[Report on the health of British troops in the Madras command]
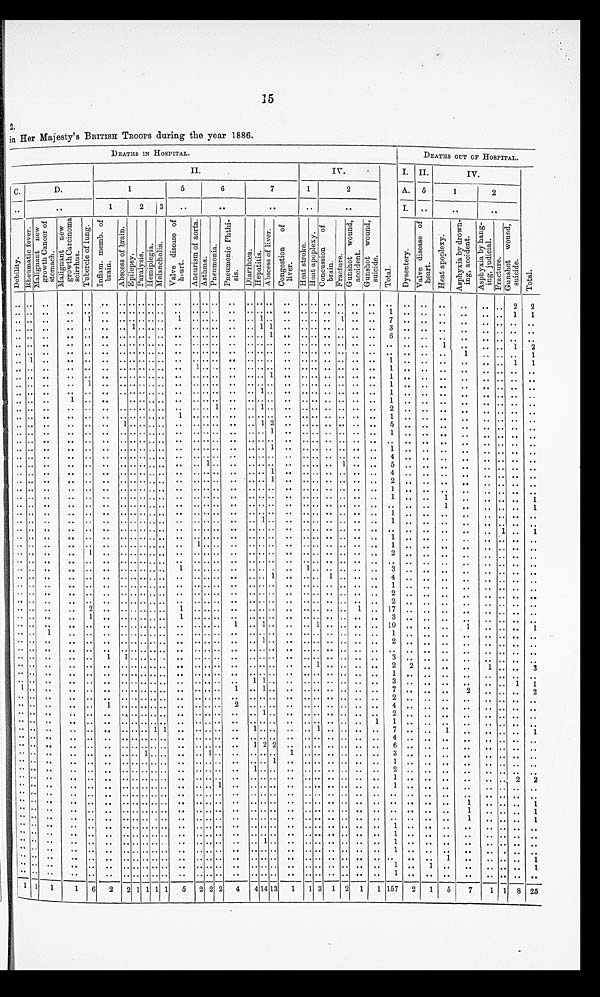
15
2.
in Her Majesty's BRITISH TROOPS during the year 1886.
DEATHS IN HOSPITAL.
DEATHS OUT OF HOSPITAL.
II.
Iv.
T o t a l .
I. II.
Iv.
T o t a l .
C.
D.
1
5
6
7
1
2
A.
5
1
2
. .
. .
1
2
3
. .
. .
. .
. .
. .
I.
. .
. .
. .
D e b i l i t y . R h e u m a i t i c f e v e r .
t i
M a l i g n a n t n e w g r o w t h C a n c e r o f s t o m a c h .
M a l i g n a n t n e w g r o w t h C a r c i n o m a s c i r r h u s .
T u b e r c l e o f l u n g .
I n f l a m . m e m b . o f b r a i n .
A b s c e s s o f b r a i n .
E p i l e p s y .
Par al ys i s . He mi p l e g i a . M e l a n c h o l i a .
V a l v e d i s e a s e o f h e a r t .
A n e u r i s m o f a o r t a .
A s t h m a .
P n e u m o n i a .
P n e u m o n i c P h t h i s i s .
D i a r r h o e a . H e p a t i t i s .
A b s c e s s o f l i v e r .
C o n g e s t i o n o f l i v e r .
H e a t s t r o k e .
He a t a p o p l e x y .
Co n c u s s i o n o f b r a i n .
F r a c t r u e .
G u n s h o t w o u n d , a c c i d e n t . G u n s h o t w o u n d , s u i c i d e .
D y s e n t e r y .
V a l u e d i s e a s e o f h e a r t .
H e a t a p o p l e x y .
A s p h y x i a b y d r o w n i n g , a c c i d e n t .
A s p h y x i a b y h a n g i n g , j u d i c i a l .
F r a c t u r e . G u n s h o t w o u n d , s u i c i d e .
. . . .
. .
. .
. .
. . . . . .
.. ..
. .
. .
. .
..
. .
. . . . . . . .
. .
. .
.. ..
. .
. .
. .
. .
. .
. .
. .
. .
. .
. .
2
2
. . . .
..
. . . .
. . . . . .
.. ..
. .
. .
. ... . .
. . . . . . . .
. .
. .
.. ..
. .
. .
. .
1
. .
. .
. .
. .
. .
. . 1
1
. . . .
. .
. .
1
. . . . . .
.. ..
. .
1
. .
..
. .
. . . . 1 . .
. .
. .
.. ..
1
. .
7
. .
. .
. .
. .
. . . .
. .
. .
. . . .
.. ..
. .
. . . . 1.. ..
. .
. .
. .
..
. .
. . . . 1 1 ..
. . ..
. .
. . . .
. .
3
. .
. .
..
. .
. . . .
. .
. .
. . . .
..
. . . .
. . . . . .
.. ..
. .
. .
. .
..
. .
. . . . . . 1
. .
. .
..
. . . .
. . .
. .
6
. .
. .
. .
. .
. . . .
. .
. .
. . ..
. .
. . . .
. . . . . .
.. ..
. .
. .
. .
..
. .
. . . . . . . .
. .
. .
..
. . . .
. .
. .
. .
. .
. .
1
. .
.. .. 1
2
. . . .
..
. . . .
. . . . . .
.. ..
. .
. .
. .
..
. .
. . . . . . . .
. .
. .
..
. . . .
. .
. .
. .
. . . .
. .
1
. . . .
. .
1
. . 1
. .
. . . .
. . . . . .
.. ..
. .
. .
. .
..
. .
. . . . . . . .
. .
. .
..
. . . .
. .
. .
1
. .
. .
. .
. .
..
. .
1
1
. . . .
..
. . . .
. . . . . .
.. ..
. .
. .
1 ..
. .
. . . . . . . .
. .
. .
..
. . . .
. .
. .
1
. .
. .
. .
. .
. . . .
. .
. .
. . . .
..
. . . .
. . . . . .
.. ..
. .
. .
. .
..
. .
. . . . . . 1
. .
. .
..
. . . .
. .
. . 1
. .
. .
. .
. .
. . . .
. .
. .
. . . .
..
. . 1
. . . . . .
.. ..
. .
. .
. .
..
. .
. . . . . . . .
. .
. .
..
. . . .
. .
. . 1
. .
. .
. .
. .
. .
. .
. .
. .
. . . .
. .
. . . .
. . . . . .
.. ..
. .
. .
. .
..
. .
. . . . 1 . .
. .
. . ..
. .
. . . .
..
1
. .
. .
. .
. .
. . . .
. .
. .
. . . .
..
1 . .
. .
. .
.. ..
. .
. .
. .
..
. .
. . . . . . . .
. .
. .
..
. . . .
. .
. .
1
. .
. .
. .
. .
. . . .
. .
. .
. . . .
..
. . . .
. . . . . .
.. ..
. .
. .
. .
.. 1
. .
. . 1 . .
. .
. .
..
. . . .
. .
. .
2
. .
. .
. .
. .
. . . .
. .
. .
. . . .
. .
. . . .
. . . . . .
.. ..
. .
1
. .
..
. .
. . . . . . . .
. .
. .
..
. . . .
. .
. . 1
. .
. .
. .
. .
. . . .
. .
. .
. . . .
..
. . . .
. . 1 . . .. .. . .
. .
. . .. . .
. .
. . 1 2
. .
. .
..
. . . .
. .
. .
5
. .
. .
. .
. .
. . . .
. .
. .
. . . .
. .
. . . .
. . . . . .
.. ..
. .
. . . .
..
. .
. . . . . . 1
. .
. .
..
. . . .
. .
. . 1
. .
. .
. .
. .
. . . .
. .
. .
. . . .
..
. . . .
. . . . . .
.. ..
. .
. . . .
..
. .
. . . . . . . .
. .
. .
..
. . . .
. .
. .
. .
. .
. .
. .
. .
. .
. .
. .
. .
. . . .
. .
. . . .
. . . . . .
.. ..
. .
. . . .
..
. .
. . . . . . 1
. .
. .
..
. . . .
. .
. .
1
. .
. .
. .
. .
. . . .
. .
. .
. . . . ..
. . . .
. . . . . .
.. ..
. .
. . . .
..
. .
. . . . . . . .
. .
. .
..
. . . . . .
. .
4
. .
. .
. .
. .
. . . .
. .
. .
. . . .
. .
. . . .
. . . . . .
.. ..
. .
. . . .
1
. .
. . . . . . . .
. .
. . ..
. . 1
. .
. .
5
. .
. . . .
. .
. . . .
. .
. .
. . . .
..
. . . .
. . . . . .
.. ..
. .
. . . .
..
. .
. . . . . . 1
. .
. .
..
. . . .
. .
. .
4
. .
. .
. .
. .
. .
. .
. .
. .
. . . .
..
..
. .
. .
. . . . .. .. . .
. .
. . .. . .
. .
. . . . 1
. .
. .
..
. . . .
. .
. . 2
. .
. .
. .
. .
. . . .
. .
. .
. . . .
..
. .
. .
. . . . . .
.. ..
. .
. . . .
..
. .
. . . . . . . .
. .
. .
..
. . . .
. .
. .
1
. .
. .
. .
. .
. . . .
. .
. .
. . . .
..
. . . .
. . . . . .
.. ..
. .
. . . .
..
. .
. . . . . . . .
. .
. .
..
. . . .
. .
. . 1 ..
. .
1
. .
. . . .
. .
1
. . . .
..
. . . .
. . . . . .
.. ..
. .
. . . .
..
. .
. . . . . . . .
. .
. .
..
. . . .
. .
. .
. .
. .
. .
1
. .
. . . .
1
. . . .
..
. . . .
. . . . . .
.. ..
. .
. . . .
..
. .
. . . . . . . .
. .
. .
..
. . . .
. .
. . 1
. .
. .
. .
. .
. . . .
. .
. .
. . . .
..
. . . .
. . . . . .
.. ..
. .
. . . .
..
. .
. . . . 1 . .
. .
. .
..
. . . .
. .
. . 1
. .
. .
. .
. .
. . . .
. .
. .
. . . .
. .
. . . .
. . . . . .
.. ..
. .
. . . .
..
. .
. . . . . . . .
. .
. .
..
. . . .
. .
. .
. .
. .
. .
. .
. .
. . 1
. .
1
. . . .
. .
. . . .
. . . . . .
.. ..
. .
. . . .
..
. .
. . . . . . . .
. .
. .
..
. . . .
. .
. . 1
. .
. .
. .
. .
. . . .
. .
. .
. . . .
..
. . . .
. . . . . .
.. ..
. .
. . 1 ..
. .
. . . . . . . .
. .
. .
..
. . . .
. .
. .
1
. .
. .
. .
. .
. . . .
. .
. .
. . . .
. .
. .
1
. .
. . . . .. .. . .
. .
. .
..
. .
. . . . . . . .
. .
. .
..
. . . .
. .
. . 2
. .
. .
. .
. .
. . . .
. .
. .
. . . .
..
. . . .
. . . . . .
.. ..
. .
. . . .
..
. .
. . . . . . . .
. .
. .
..
. . . .
. .
. . . .
. .
. .
. .
. .
. . . .
. .
. .
. . . .
..
. . . .
. . . . . .
.. ..
. .
1
. .
..
. .
. . . . . . .
. . 1 ..
. . . .
. .
. . 3
. .
. .
. .
. .
. . . .
. .
. .
. . . .
..
. . . .
. . . . . .
.. ..
. .
. . . .
..
. .
. . . . . . 1 ..
.. ..
1 ..
. .
. .
4
. .
. .
. .
. .
. . . .
. .
. .
. . . .
. .
. . . .
. . . . . .
.. ..
. .
. . . .
..
. .
. . . . . . . .
. .
. .
..
. . . .
. .
. .
1
. .
. .
. .
. .
. . . .
. .
. .
. . . .
. .
. . . .
. . . . . .
.. ..
. .
. . . .
..
. .
. . . . . . . .
. .
. .
..
. . . .
. .
. .
2
. .
. .
. .
. .
. . . .
. .
. .
. . . .
..
. . . .
. . . . . .
.. ..
. .
. . . .
..
. .
. . . . . . . .
. .
. .
..
. . . .
. .
2
. .
. .
. .
. .
. . . .
. .
. .
. . . .
..
. . 2
. . . . . .
.. ..
. .
1 . .
..
. .
. . . . . . . .
. .
. .
..
. . . .
1
. .
1 7
. .
. .
. .
. .
. . . .
. .
. .
. . . .
. .
. .
1
. . . . . .
.. ..
. .
1 . .
..
. .
. . . . . . . .
. .
. .
..
. . . . . .
. .
3
. .
. .
. .
. .
. . . .
. .
. .
. . . . ..
. . . .
. . . . . .
.. ..
. .
. . . .
..
. .
1 . . 1 . .
. .
. .
1 ..
. .
. .
. . 10
. .
. .
. .
. .
. . . . . .
1
. . . .
1
. . . .
. . . . . .
.. ..
. .
. . . .
..
. .
. . . . . . . .
. .
. .
..
. . . .
. .
. .
1
. .
. .
. .
. .
. . . .
. .
. .
. . . .
..
. . . .
. . . . . .
.. ..
. .
. . . .
..
. .
. . . . 1 . .
. .
. .
..
. . . .
. .
. .
2
. .
. .
. .
. .
. . . .
. .
. .
. . . .
..
. . . .
. . . . . .
.. ..
. .
. . . .
..
. .
. . . . . . . .
. .
. .
..
. . . .
. .
. .
. .
. .
. .
. .
. .
. . . .
. .
. .
. . . .
..
. .
. .
1
1 . .
.. ..
. .
. . . .
..
. .
. . . . . . . .
. .
. .
..
. . . .
. .
. .
3
. .
. .
. .
. .
. . . .
. .
. .
. . . .
..
. . . .
. . . . . .
.. ..
. .
. . . .
..
. .
. . . . . . . .
. .
. .
1
. . . .
. .
. .
2
2
. .
. .
. .
1
. .
. . 3
. . . .
..
. . . .
. . . . . .
.. ..
. .
. . . .
..
. .
. . . . . . . .
. .
. .
..
. . . .
. .
. .
1
. .
. .
. .
. .
. . . .
. .
. .
. . . .
..
. . . .
. . . . . .
.. ..
. .
. . . .
..
. .
. . 1 1 . .
. .
. .
..
. . . .
. .
. .
3
. .
. .
. .
. .
. . . .
1
1
1 . .
..
. . . .
. . . . . .
.. ..
. .
. . . .
..
. .
1 . . 1 . .
. .
. .
..
. . . .
. .
..
7
. .
. .
. .
2
. . . .
. .
2
. . . .
..
. .
. .
. . . . . .
.. ..
. .
. . . .
..
. .
. . . . . . . .
. .
. .
..
. . . .
. .
. .
2
. .
. .
. .
. .
. . . .
. .
. .
. . . .
..
. . . .
1
. . . .
.. ..
. .
. . . .
..
. .
2 . . . . . .
. .
. .
..
. . . .
. .
. .
4
. .
. .
. .
. .
. . . .
. .
. .
. . . .
..
. . . .
. . . . . .
.. ..
. .
. . . .
..
. .
. . . . 1 . .
. .
. .
..
. . . .
. .
. .
2
. .
. .
. .
. .
. . . .
. .
. .
. . . .
..
. . . .
. . . . . .
.. ..
. .
. . . .
..
. .
. . . . . . . .
. .
. .
..
. . . .
. . 1
1
. .
. .
. .
. .
. . . .
. .
. .
. . . .
..
. . . .
. . . . . .
.. 1
1
. . . .
..
. .
. . 1 . . . .
. .
. .
1 ..
. ...
. .
7
. .
. .
1
. .
. . . .
. .
. .
. . . .
..
. . . .
. . . . . .
.. ..
. .
. . . .
..
. .
. . . .
. .
. .
. .
.. ..
. .
..
. .
4
. .
. .
. .
. .
. . . .
. .
. .
. . . .
..
. .
. .
. . . . . .
.. ..
. .
. . . .
..
. .
. . 1 2 2
. .
. .
.. ..
. .
..
. .
6
. .
. .
. .
. .
. . . .
. .
. .
. . . .
..
. .
. .
. .
. . . .
1 ..
. .
. .
. .
1
. .
. .
. . . . . .
1
. . . .
..
. .
..
. .
3
. .
. .
. .
. .
. . . .
. .
. .
. . . . ..
. .
. .
. . . . . .
.. ..
. .
. . . .
..
. .
. . . . . . 1
. . . .
.. ..
. .
..
. .
1
. .
. .
. .
. .
. . . .
. .
. .
. . . .
..
. .
. .
. . . . . .
.. ..
. .
. . . .
..
. .
. . 1 . . . .
. .
. . .. ..
. ...
. .
2
. .
. .
. .
. .
. . . .
. .
. .
. . . .
..
. . . .
. . . . . .
.. ..
. .
. . . .
..
. .
. . . . . . . .
. .
. .
.. ..
. .
..
. .
1
. .
. .
. .
. .
. . . .
2
2
. . . .
..
. . . .
. . . . . .
.. ..
. .
. . . .
..
1
. .
. . . . . .
. .
. .
.. ..
. .
..
. .
1
. .
. .
. .
. .
. . . . . .
. .
. . . .
..
. . . .
. . . . . .
.. ..
. .
. . . .
..
. . . .
. . . . . .
. .
. .
.. ..
. .
..
. .
. .
. .
. .
. .
. .
. . . .
. .
. .
. . . .
..
. . . .
. . . . . .
.. ..
. .
. . . .
..
. . . .
. . . . . .
. .
. .
.. ..
. .
..
. .
. .
. .
. .
. .
1
. . . .
. .
1
. . . .
..
. . . .
. . . . . .
.. ..
. .
. . . .
..
. . . .
. . . . . .
. .
. .
.. ..
. .
..
. .
. .
. .
. .
. .
1
. . . .
. .
1
. . . .
..
. . . .
. . . . . .
.. ..
. .
. . . .
..
. . . .
. . . . . .
. .
. .
.. ..
. .
..
. .
. .
. .
. .
. .
1
. . . .
. .
1
. . . .
..
. . . .
. . . . . .
.. ..
. .
. . . .
..
. . . .
. . . . . .
. .
. .
.. ..
. .
..
. .
1
. .
. .
. .
. .
. . . .
. .
. .
. . . .
..
. . . .
. . . . . .
.. ..
. .
. . . .
..
. . . .
. . . . . .
. .
. .
.. ..
. .
..
. .
1
. .
. .
. .
. .
. . . .
. .
. .
. . . .
. .
. . . .
. . . . . .
.. ..
. .
. . . .
..
. . . .
. . 1 . .
. .
. .
.. ..
. .
..
. .
1
. .
. .
. .
. .
. . . .
. .
. .
. . . .
..
. . . .
. . . . . .
.. ..
. .
. . . .
..
. . . .
. . . . . .
. .
. .
.. ..
. .
..
. .
1
. .
. .
. .
. .
. . . .
. .
. .
. . . .
..
. . . .
. . . . . .
.. ..
. .
. . . .
..
. . . .
. . . . . .
. .
. .
.. ..
. .
..
. .
. .
. .
. .
1
. .
. . . .
. .
1
. . . .
..
. .
. .
. .
. . . .
.. ..
. .
. .
. .
..
. .
. .
. . . . . .
. .
. .
.. ..
. .
..
. .
1
. .
1
. .
. .
. . . .
. .
1
. . . .
..
. .
. .
. .
. . . .
.. ..
. .
. .
. .
..
. .
. . . . . . . .
. .
. .
..
. .
. .
..
. .
1
. .
. .
. .
. .
. .
. .
. .
. .
1 1
1
1
6
2 2 1 1 1 1
5
2
2
2
4
4 14 1 3
1
1
3 1
2 1
1 157
2
1
5
7
1 1 8 25